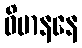
ဝိမာနနေ